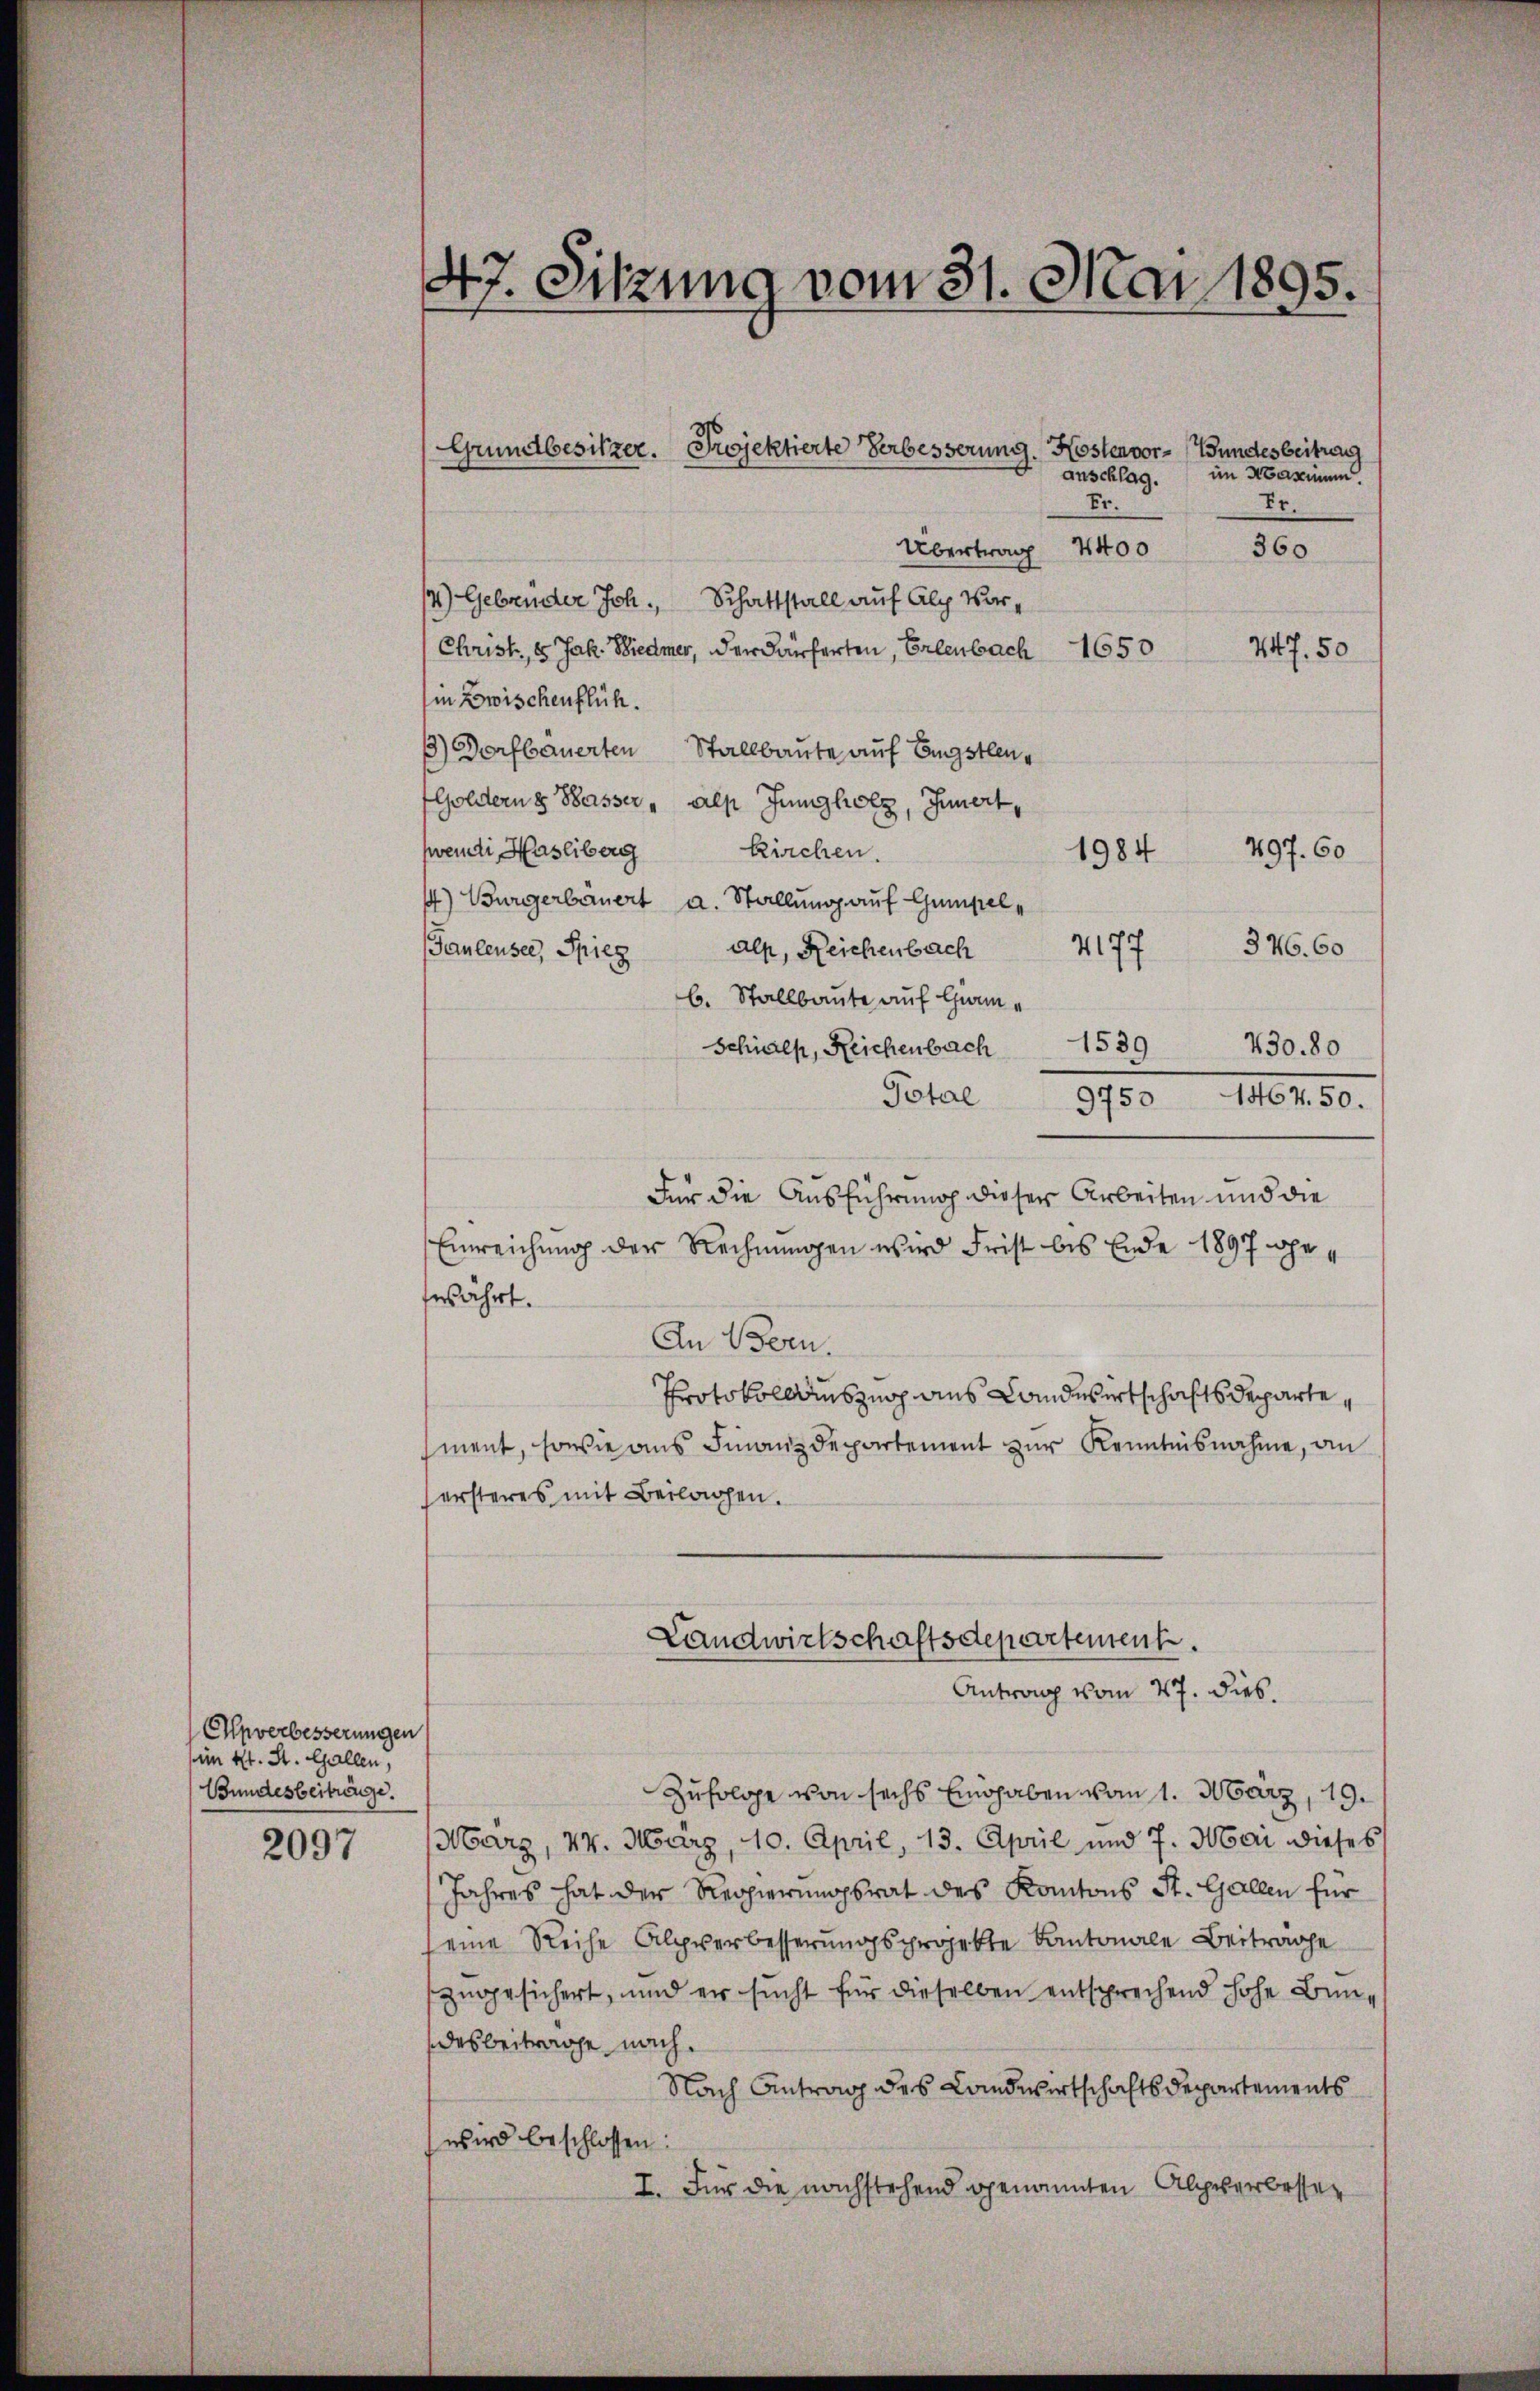
Chpverbesserungen
im Kt. St. Gallen,
Bundesbeiträge.

2097

47. Sitzung vom 31. Mai 1895.

Grundbesitzer. Projektierte Verbesserung. Kostenvor-Wundtes beitrag

im Maximum.
anschlag.
Er.
Fr.
360
Übertrag 4400
4) Gebrüder Joh. Schaftstall auf Alp Vor¬
447. 50
Christ, 1 Jak. Wiedmer, der Käuferten, Erlenbach 1650
in Zwischenflüh.
) Dorfbauerten Stallbaute auf Engstlen¬
Goldern & Wasser " alp Jungholz, Innert,
497. 60
fwendi Hasliberg Kirchen.
1984
) Bürgerbäuert a. Stallung auf Gumpel¬
346. 60
4177
Gaulensee, Spiegalp, Reichenbach
b. Stallbaute auf Gim¬
Schials, Reichenbach 1539 430.80
Total
9750
116. 150.
Für die Ausführung dieser Arbeiten und die
Einreichung der Rechnungen wird Frist bis Ende 1897 ohefefahrt.
An Bern.
Protokollauszug aus Landwirtschafts Departe,
sment, sowie aus Finanzdepartement zur Kenntnisnahme, an
ersteres mit Beilagen.
Landwirtschaftsdepartement.
Antrag vom 27. dies.
Zufolge von sechs Eingaben vom 1. März, 19.
März, 14. März, 10. April, 13. April und 7. Mai dieses
Jahres hat der Regierungsrat des Kantons St. Gallen für
eine Reihe Alpverbesserungsprojekte Kantonale Beiträge
zugesichert, und er sucht für dieselben entsprechend hohe Bundesbeitrage nach.
Nach Antrag des Landwirtschaftsdepartements
wird beschlossen:
I. Für die nachstehend genannten Alpserbessen